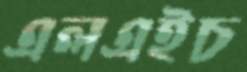
এলএইচ